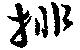
排